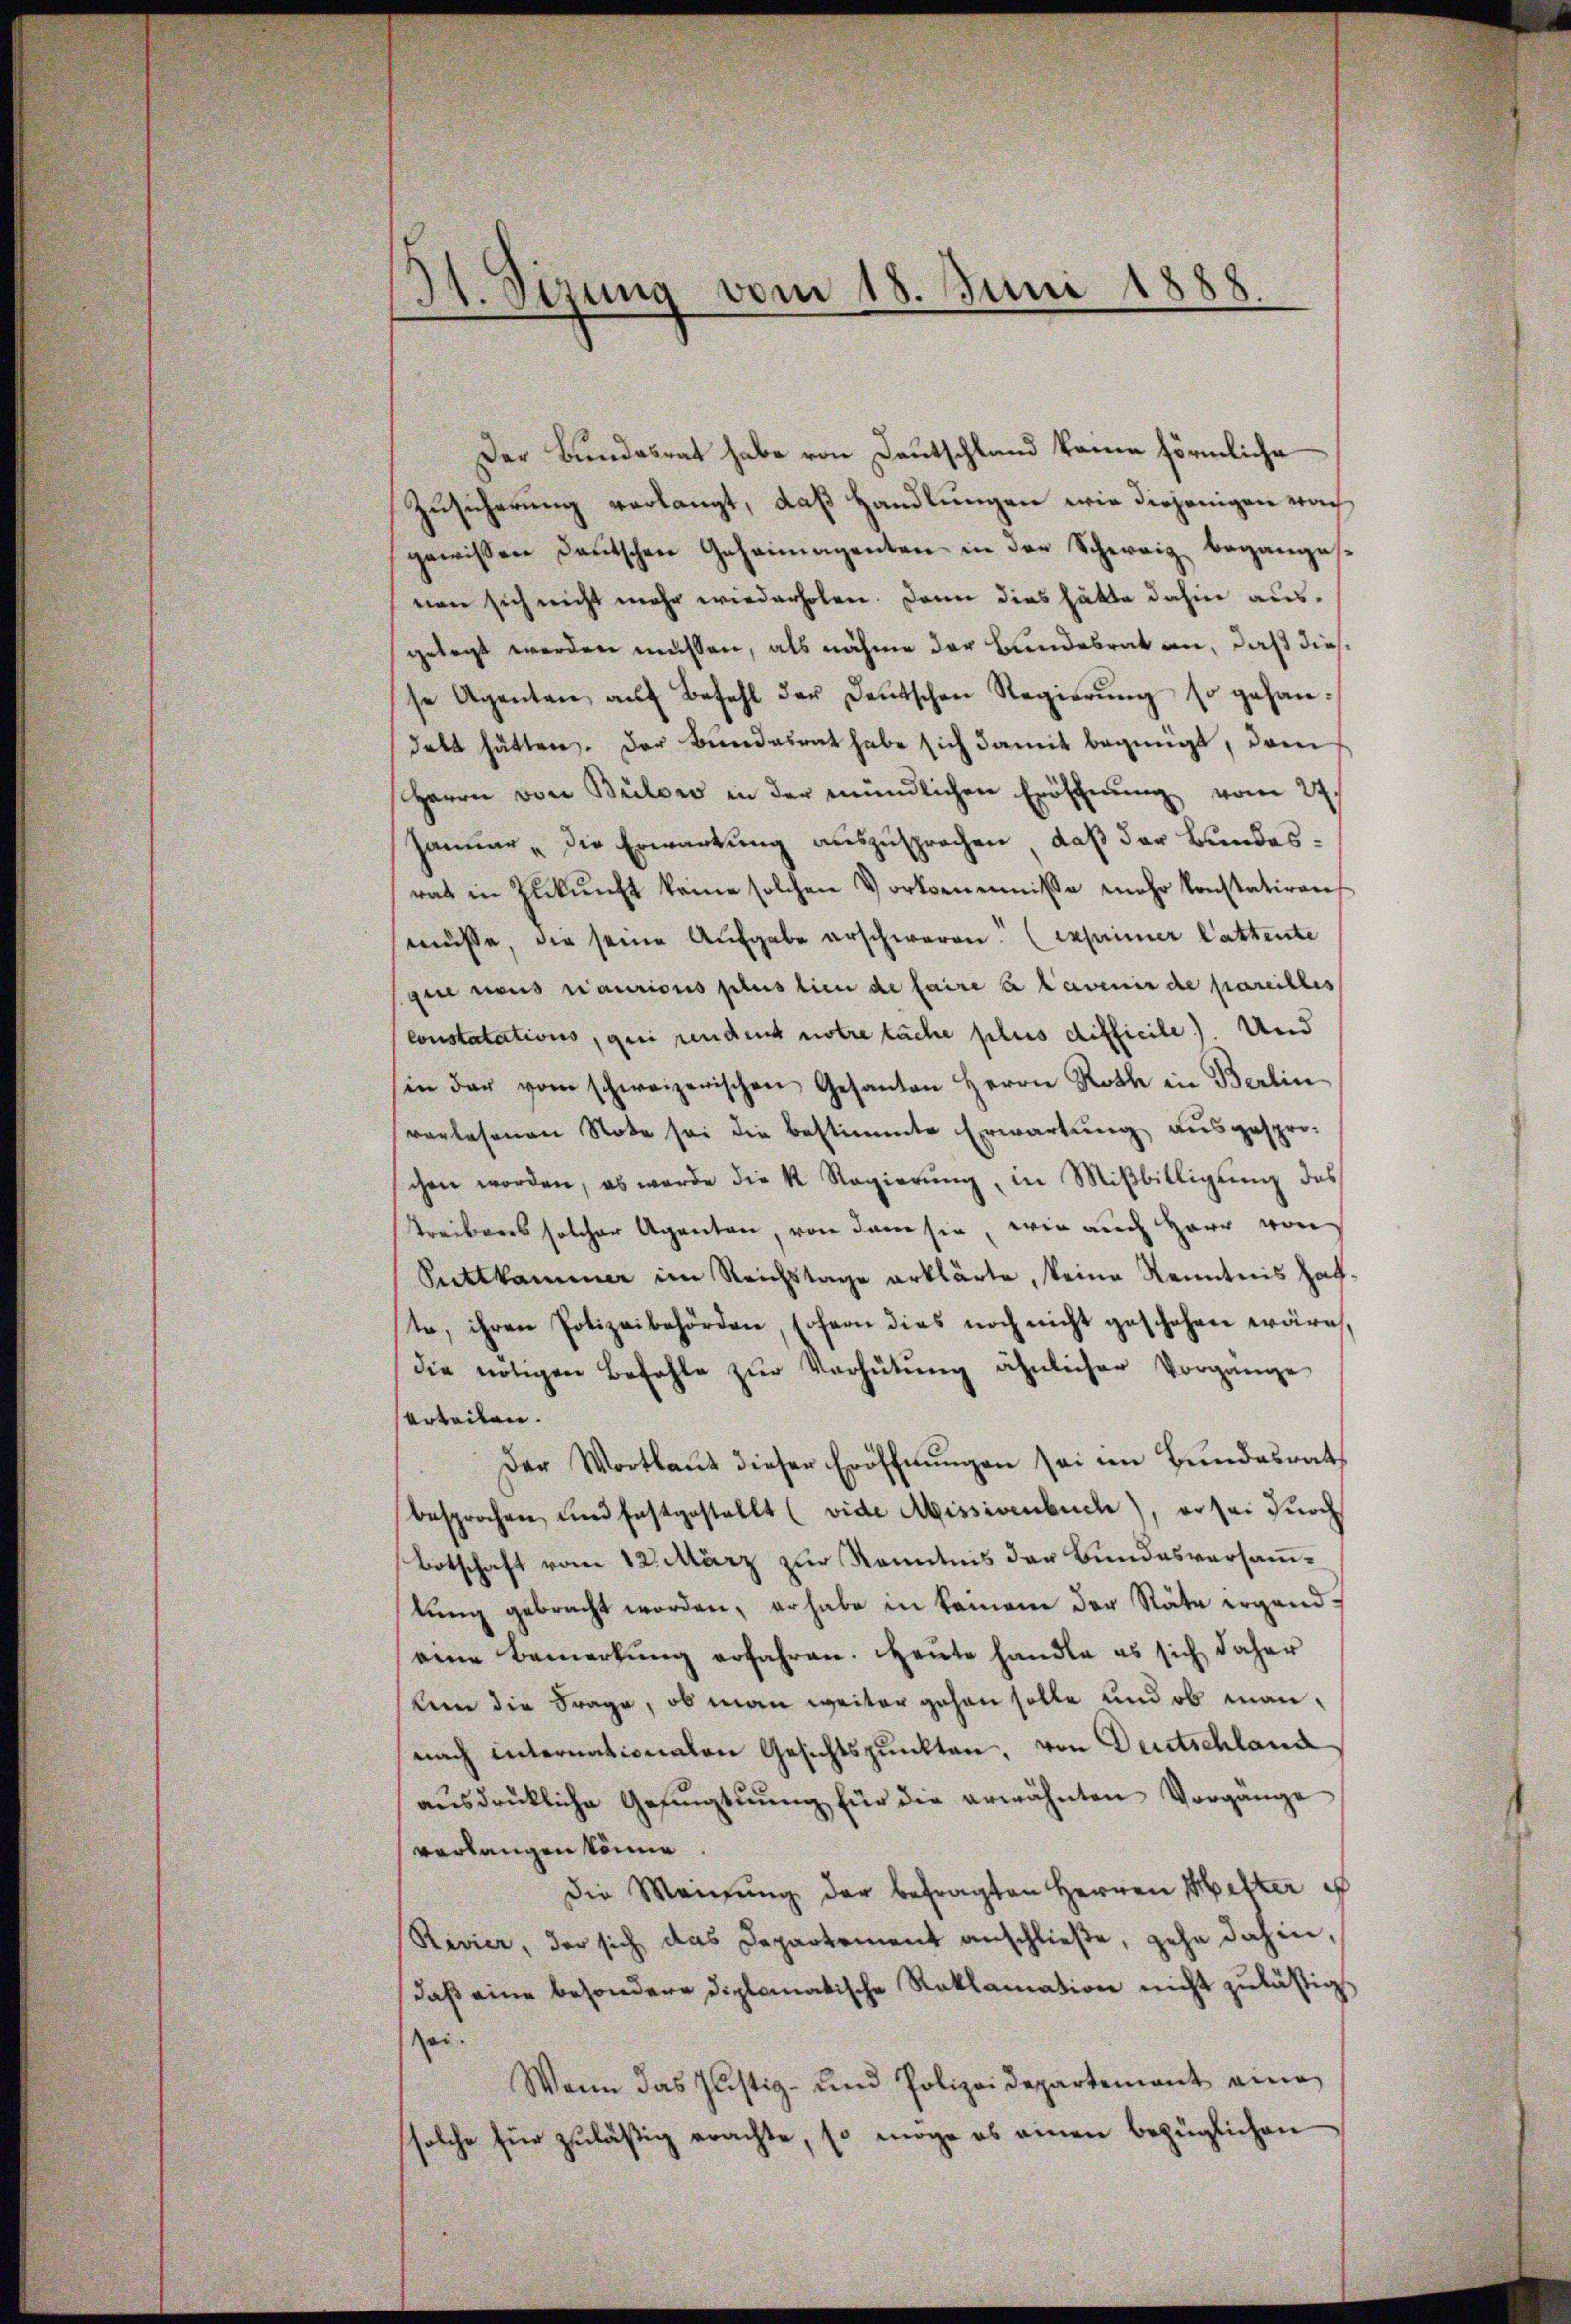
11. Sizung vom 18. Juni 1888

Der Bundesrat habe von Deutschland keine förmliche
Zusicherung verlangt, daß Handlungen wie diejenigen nach
gewissen Deutschen Geheimagenten in der Schweiz begangesnen sich nicht mehr wiederholen. Dann dies hätte dahin ausgelegt werden müssen, als nähme der Bundesrat an, daß diesse Agenten aŭf Befehl der Deutschen Regierŭng so gehandelt hätten. Der Bundesrat habe sich damit begnügt, dem
Herrn von Bülow in der mündlichen Eröfchnung vom 27.
Januar, die Erwartung auszusprochen, daß der Bundesrat in Zukunft keine solchen Vorkommnisse mehr konstatiren,
müsse, die seine Aufgabe erschweren. (exprimer Cattente
gie nous raurions plus lieu de faire à l’avenir de pareilles
constatations, qui rendent notre tache plus difficile). Und
in der vom schweizerischen Gesanten Herrn Roth in Berlin
vorlesenen Note sei die bestimmte Erwartung ausgespro-
schen worden, es werde die K. Regierŭng in Miβbilligŭng des
Treibens solcher Agenten, von dem sie, wie auch Herr von
Puttkammer im Reichstage erklärte, keine Kenntnis hafte, ihren Polizeibehörden, sofern dies noch nicht geschehen wäre,
die nötigen Befehle zŭr Verhütung ähnlicher Vorgange
Urteilen.
Der Wortlaut dieser Eröffnŭngen sei im Bundesrath
besprochen, und festgestellt (vide Missivenbuch), er sei durch
Botschaft vom 12. März zur Kenntnis der Bundesversammlŭng gebracht worden, er habe in keinem der Stäte irgendeine Bemerkŭng erfahren. Heute handle es sich daher
kein die Frage, ob man weiter gehen solle und ob mannach internationalen Gesichtspunkten, von Deutschland
aŭsdrückliche Gefangtŭŭng für die erwähnten Vorgange
verlangen könne
die Meinŭng der befragten Herren Metter e
Rivier, der sich das Departement anschließe, gehe dahin,
daß eine besondere diplomatische Reklamation nicht zuläßigt
ei.
Wann das Justiz- und Polizeidepartement eine
solche für zuläßig erachte, so möge es einen bezüglichen